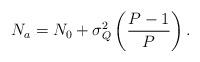
LaTeX: \begin{align*}N_a=N_0+\sigma_Q^2\left(\frac{P-1}{P}\right).\end{align*}